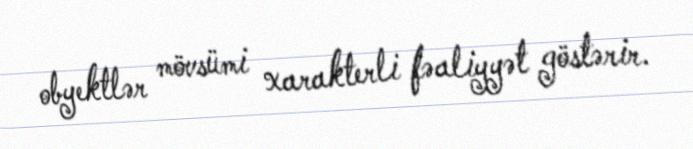
obyektlər mövsümi xarakterli fəaliyyət göstərir.